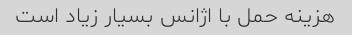
هزینه حمل با اژانس بسیار زیاد است